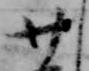
廿